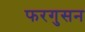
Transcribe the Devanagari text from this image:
फरगुसन